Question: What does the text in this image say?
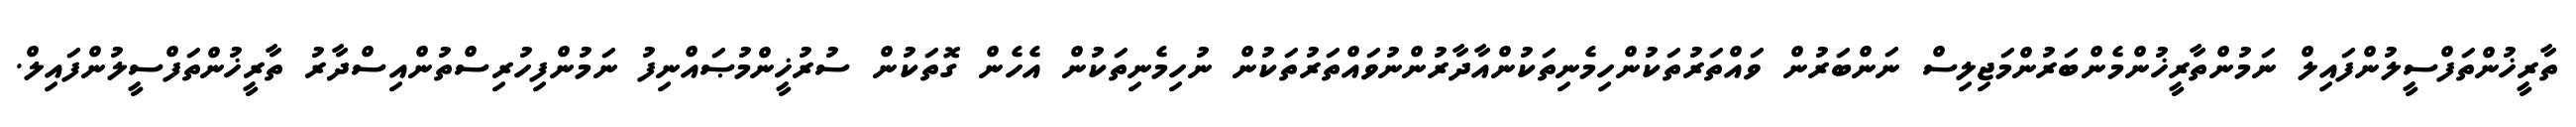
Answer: ތާރީޚުންތަފްސީލުންފައިލް ނަމުންތާރީޚުންމެންބަރުންމަޖިލިސް ނަންބަރުން ވައްތަރުތަކުންހިމެނިތަކުންއާދާރުންނުވައްތަރުތަކުން ނުހިމެނިތަކުން އެހެން ގޮތަކުން ސުރުޚީންމުޞައްނިފު ނަމުންފިހުރިސްތުންއިސްދާރު ތާރީޚުންތަފްސީލުންފައިލް.